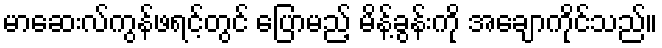
မာဆေးလ်ကွန်ဖရင့်တွင် ပြောမည့် မိန့်ခွန်းကို အချောကိုင်သည်။